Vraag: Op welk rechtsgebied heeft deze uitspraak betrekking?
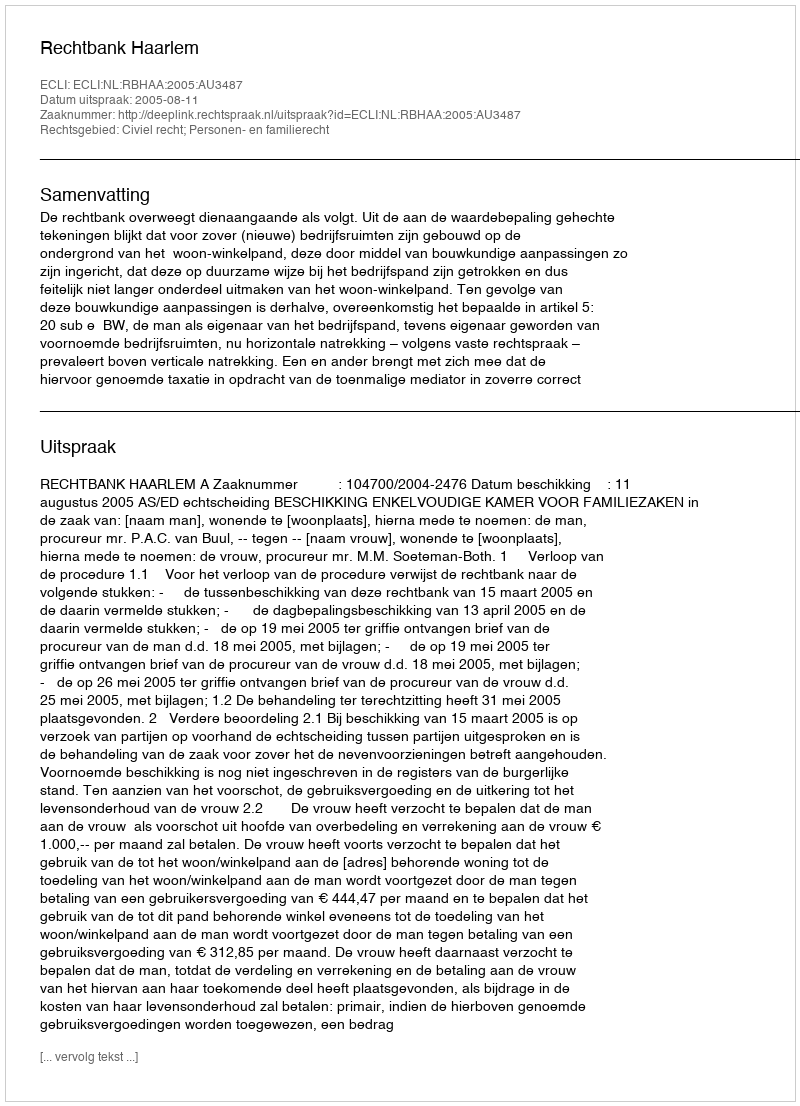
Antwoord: Civiel recht; Personen- en familierecht